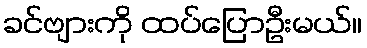
ခင်ဗျားကို ထပ်ပြောဦးမယ်။